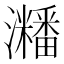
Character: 𤄜